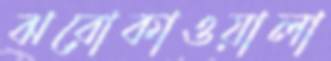
ঝরোকাওয়ালা